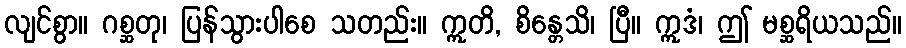
လျင်စွာ။ ဂစ္ဆတု၊ ပြန်သွားပါစေ သတည်း။ ဣတိ, စိန္တေသိ၊ ပြီ။ ဣဒံ၊ ဤ မစ္ဆရိယသည်။